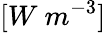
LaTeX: [W\ m^{-3}]